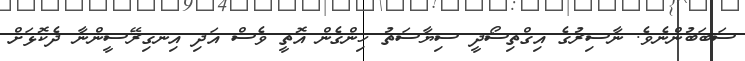
ސަބަބުންނެވެ. ނާސިރުގެ އިގްތިސޯދީ ސިޔާސަތު ހިންގެން އޮތީ ވެސް އަދި އިނގިރޭސީންނާ ދެކޮޅަށް